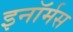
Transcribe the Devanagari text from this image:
इनॉर्मस